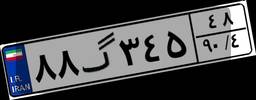
۸۸گ۳۴۵۴۸